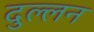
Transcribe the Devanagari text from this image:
दुल्लन